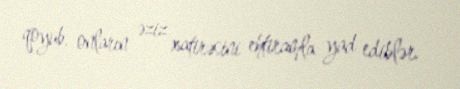
qoyub, onların əziz xatirəsini ehtiramla yad ediblər.